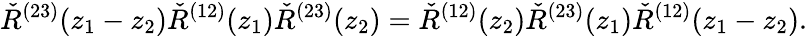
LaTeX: \check{R}^{(23)}(z_{1}-z_{2})\check{R}^{(12)}(z_{1})\check{R}^{(23)}(z_{2})=\check{R}^{(12)}(z_{2})\check{R}^{(23)}(z_{1})\check{R}^{(12)}(z_{1}-z_{2}).